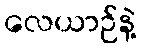
လေယာဉ်နဲ့